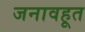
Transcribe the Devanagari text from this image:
जनावहूत